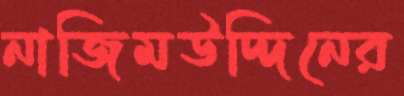
নাজিমউদ্দিনের